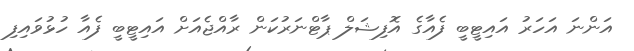
އަންނަ އަހަރު އައިޓީބީ ފެއާގެ އޮފިޝަލް ޕާޓްނަރުކަން ރާއްޖެއަށް އައިޓީބީ ފެއާ ހުޅުވައިފި